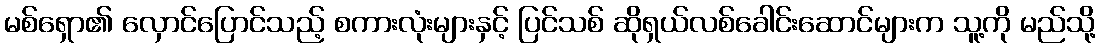
မစ်ရှော၏ လှောင်ပြောင်သည့် စကားလုံးများနှင့် ပြင်သစ် ဆိုရှယ်လစ်ခေါင်းဆောင်များက သူ့ကို မည်သို့